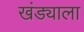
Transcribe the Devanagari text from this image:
खंड्याला